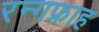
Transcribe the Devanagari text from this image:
रन्गफ्राह